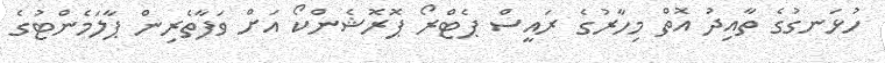
ހުޅަނގުގެ ތާއިދު އޮތް މިހާރުގެ ރައީސް ޕެޓްރޯ ޕޮރޮޝެންކޯ އަށް ވަފާތެރިން ޕާލަމެންޓުގެ